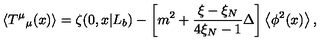
\left< T ^ { \mu } { } _ { \mu } ( x ) \right> = \zeta ( 0 , x | L _ { b } ) - \left[ m ^ { 2 } + \frac { \xi - \xi _ { N } } { 4 \xi _ { N } - 1 } \Delta \right] \left< \phi ^ { 2 } ( x ) \right> ,